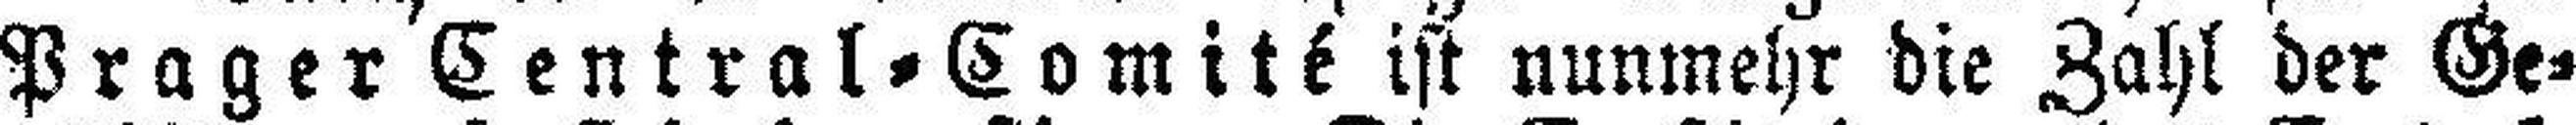
Prager Central=Comité ist nunmehr die Zahl der Ge¬